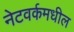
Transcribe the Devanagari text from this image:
नेटवर्कमधील